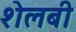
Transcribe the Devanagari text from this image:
शेलबी